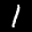
Label: 1